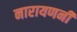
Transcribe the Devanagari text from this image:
नारायणनी